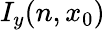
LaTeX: I_{y}(n,x_{0})